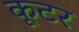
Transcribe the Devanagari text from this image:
कूटर